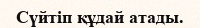
Сүйтіп құдай атады.